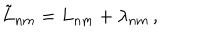
\tilde { L } _ { n m } = L _ { n m } + \lambda _ { n m } \, ,